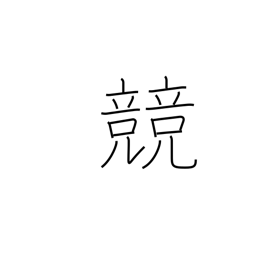
Meaning: contest